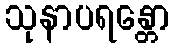
သုနာပရန္တော